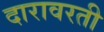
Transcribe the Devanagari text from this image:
दारावरती